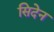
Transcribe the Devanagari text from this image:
सिदेन